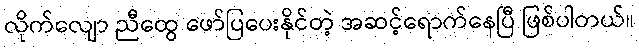
လိုက်လျော ညီထွေ ဖော်ပြပေးနိုင်တဲ့ အဆင့်ရောက်နေပြီ ဖြစ်ပါတယ်။